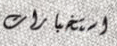
استخبارات